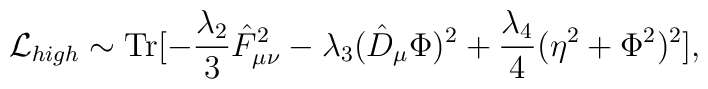
{\cal L}_{high} \sim \mbox {Tr} [ -\frac{\lambda_2}{3} \hat F_{\mu \nu}^2 -\lambda_3 (\hat D_{\mu} \Phi)^2 +\frac{\lambda_4}{4} (\eta^2 +\Phi^2)^2],